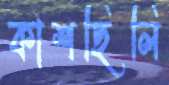
কাশছিলি